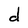
Character: d